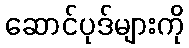
ဆောင်ပုဒ်များကို